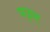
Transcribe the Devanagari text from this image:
पट्टम्